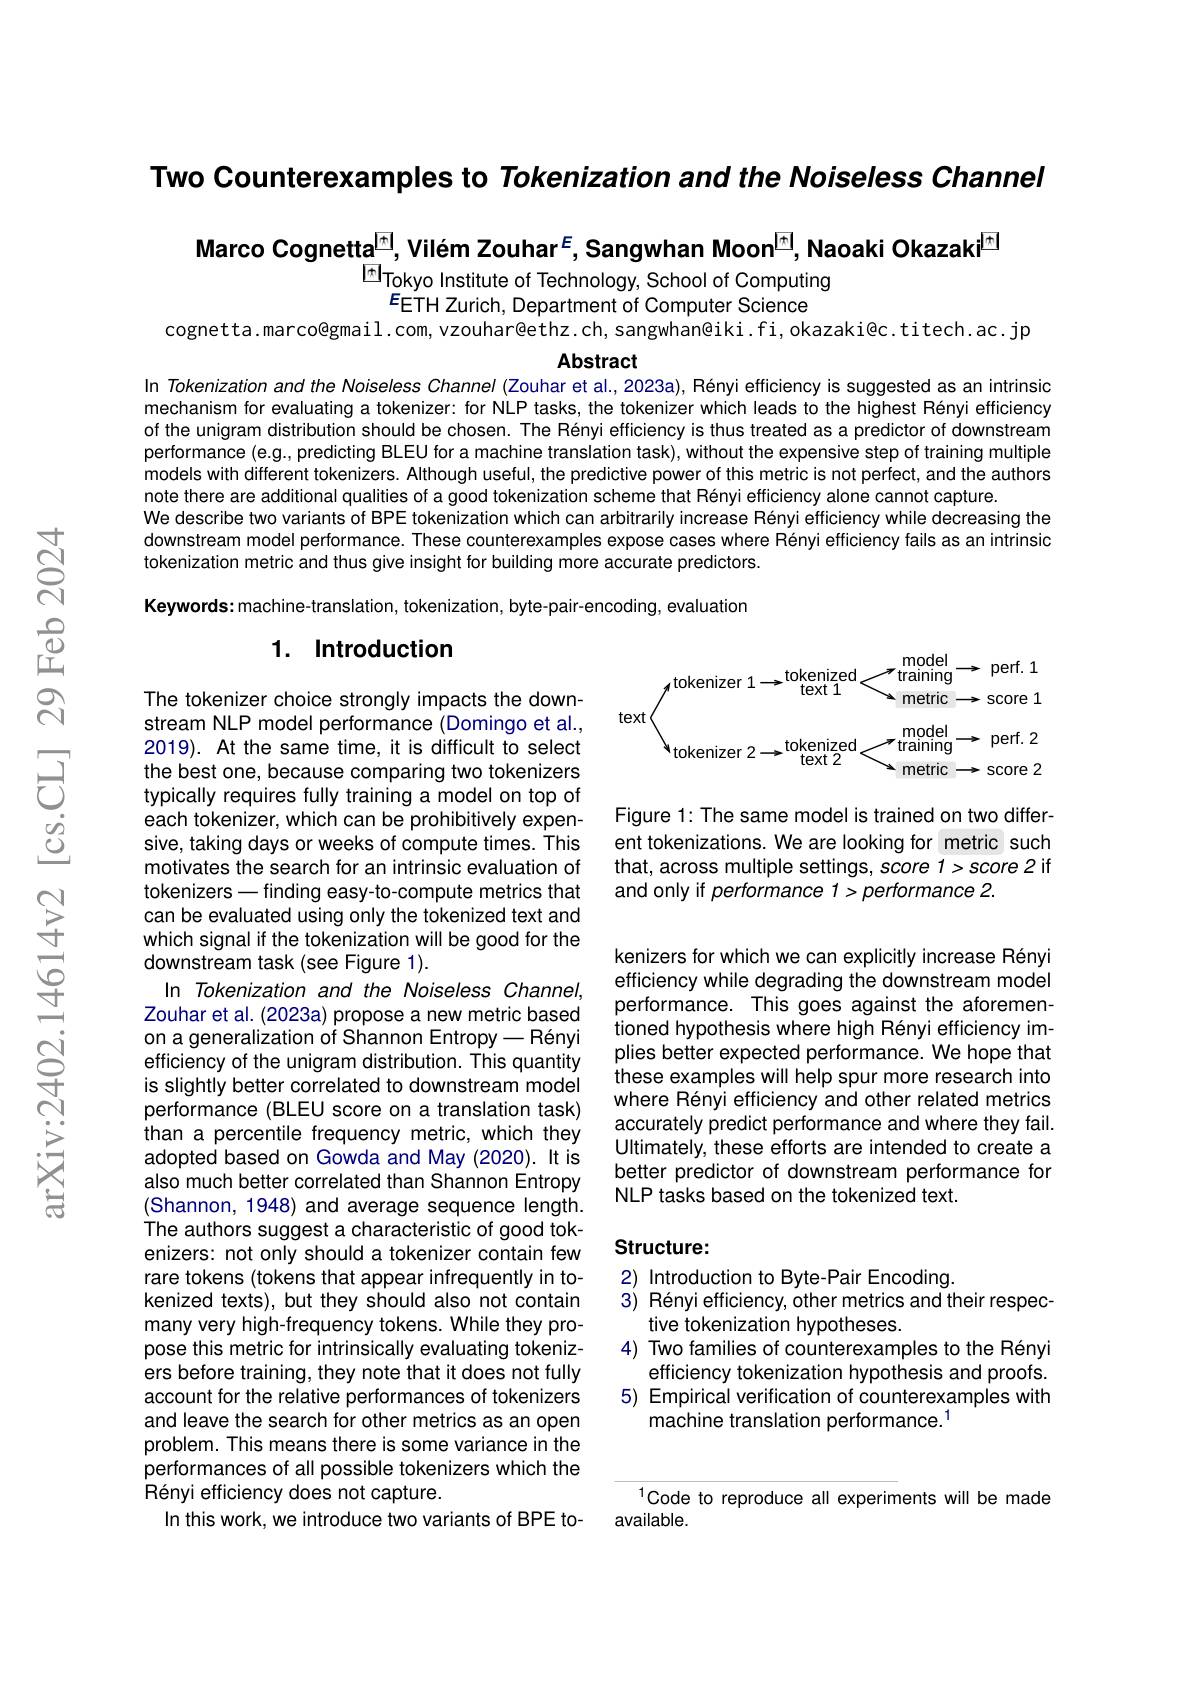
Two Counterexamples to Tokenization and the Noiseless Channel

Marco Cognetta$^{\textcircled{\mathrm{\pi}}}$, Vilém Zouhar$^E$,Sangwhan Moon$^{\textcircled{\mathrm{\pi}}}$, Naoaki Okazaki$^{\textcircled{\mathrm{\pi}}}$

Tokyo Institute of Technology, School of Computing
$E_{\mathrm{ETH~Zurich,~Department~of~Computer~Science}}$
cognetta.marco@gmail.com, vzouhar@ethz.ch, sangwhan@iki.fi, okazaki@c.titech.ac.jp

Abstract
In Tokenization and the Noiseless Channel (Zouhar et al.,2023a), Rényi efficiency is suggested as an intrinsic

mechanism for evaluating a tokenizer: for NLP tasks, the tokenizer which leads to the highest Rényi efficiency of the unigram distribution should be chosen. The Rényi efficiency is thus treated as a predictor of downstream performance (e.g., predicting BLEU for a machine translation task), without the expensive step of training multiple models with different tokenizers. Although useful, the predictive power of this metric is not perfect, and the authors note there are additional qualities of a good tokenization scheme that Rényi efficiency alone cannot capture.
We describe two variants of BPE tokenization which can arbitrarily increase Rényi efficiency while decreasing the downstream model performance. These counterexamples expose cases where Rényi efficiency fails as an intrinsic tokenization metric and thus give insight for building more accurate predictors.

Keywords: machine-translation, tokenization, byte-pair-encoding, evaluation

## 1. Introduction

$\mu^{\mathrm{tokenizer~}1\to\operatorname*{tokenized}}_{\mathrm{text~}1}^{\mathrm{model}}\xrightarrow{\mathrm{perf.~}}$
$text1$
$\Delta$ metric$\rightarrow$score 1
text
$\bigvee_{\mathrm{tokenizer~2}\to\mathrm{tokenized}}^{\mathrm{tokenized}}\underset{\mathrm{text~2}}{\operatorname*{\longrightarrow}}^{\mathrm{model}}{\operatorname*{\longrightarrow}}$perf.2
$\searrow$metric$\rightarrow$score 2

Figure 1: The same model is trained on two different tokenizations. We are looking for metric such that, across multiple settings, score 1> score 2 if and only if performance 1>performance 2.

kenizers for which we can explicitly increase Rényi efficiency while degrading the downstream model performance. This goes against the aforementioned hypothesis where high Rényi efficiency implies better expected performance. We hope that these examples will help spur more research into where Rényi efficiency and other related metrics accurately predict performance and where they fail. Ultimately, these efforts are intended to create a better predictor of downstream performance for NLP tasks based on the tokenized text.

The tokenizer choice strongly impacts the downstream NLP model performance (Domingo et al., 2019). At the same time, it is difficult to select the best one, because comparing two tokenizers typically requires fully training a model on top of each tokenizer, which can be prohibitively expensive, taking days or weeks of compute times. This motivates the search for an intrinsic evaluation of tokenizers - finding easy- to-compute metrics that can be evaluated using only the tokenized text and which signal if the tokenization will be good for the downstream task (see Figure 1).
In Tokenization and the Noiseless Channel, Zouhar et al. (2023a) propose a new metric based on a generalization of Shannon Entropy - Rényi efficiency of the unigram distribution. This quantity is slightly better correlated to downstream model performance (BLEU score on a translation task) than a percentile frequency metric, which they adopted based on Gowda and May (2020). It is also much better correlated than Shannon Entropy (Shannon, 1948) and average sequence length. The authors suggest a characteristic of good tokenizers: not only should a tokenizer contain few rare tokens (tokens that appear infrequently in tokenized texts), but they should also not contain many very high-frequency tokens. While they propose this metric for intrinsically evaluating tokenizers before training, they note that it does not fully account for the relative performances of tokenizers and leave the search for other metrics as an open problem. This means there is some variance in the performances of all possible tokenizers which the Rényi efficiency does not capture.
In this work, we introduce two variants of BPE to-

### Structure:

2) Introduction to Byte-Pair Encoding.
3) Rényi efficiency, other metrics and their respec-
tive tokenization hypotheses.
4) Two families of counterexamples to the Rényi
efficiency tokenization hypothesis and proofs. 5) Empirical verification of counterexamples with
machine translation performance.$^{1}$

$^{1}$Code to reproduce all experiments will be made
available.